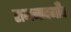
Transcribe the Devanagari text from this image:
राजनादगाँव